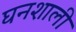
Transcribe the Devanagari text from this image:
घनशाली